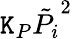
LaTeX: \mathtt{K}_{P}\tilde{{P_{i}}}^{2}